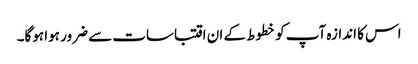
اس کا اندازہ آپ کو خطوط کے ان اقتباسات سے ضرور ہوا ہوگا۔